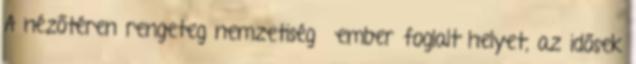
A nézőtéren rengeteg nemzetiségű ember foglalt helyet, az idősek